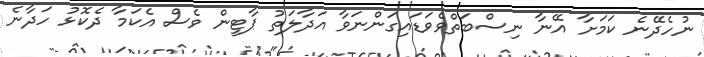
ނުހެދޭނެ ކަމަށާ އޭނާ ނިސްބަތްވެވަޑައިގަންނަވާ އަދާލަތު ޕާޓީން ވެސް އެކަމާ ދެކޮޅު ހަދާނެ